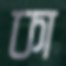
কা